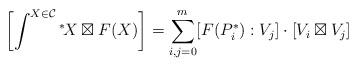
LaTeX: \begin{align*} \left[ \int^{X \in \mathcal{C}} {}^* \! X \boxtimes F(X) \right] = \sum_{i, j = 0}^m [F(P_i^*):V_j] \cdot [V_i \boxtimes V_j] \end{align*}